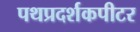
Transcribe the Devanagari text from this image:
पथप्रदर्शकपीटर